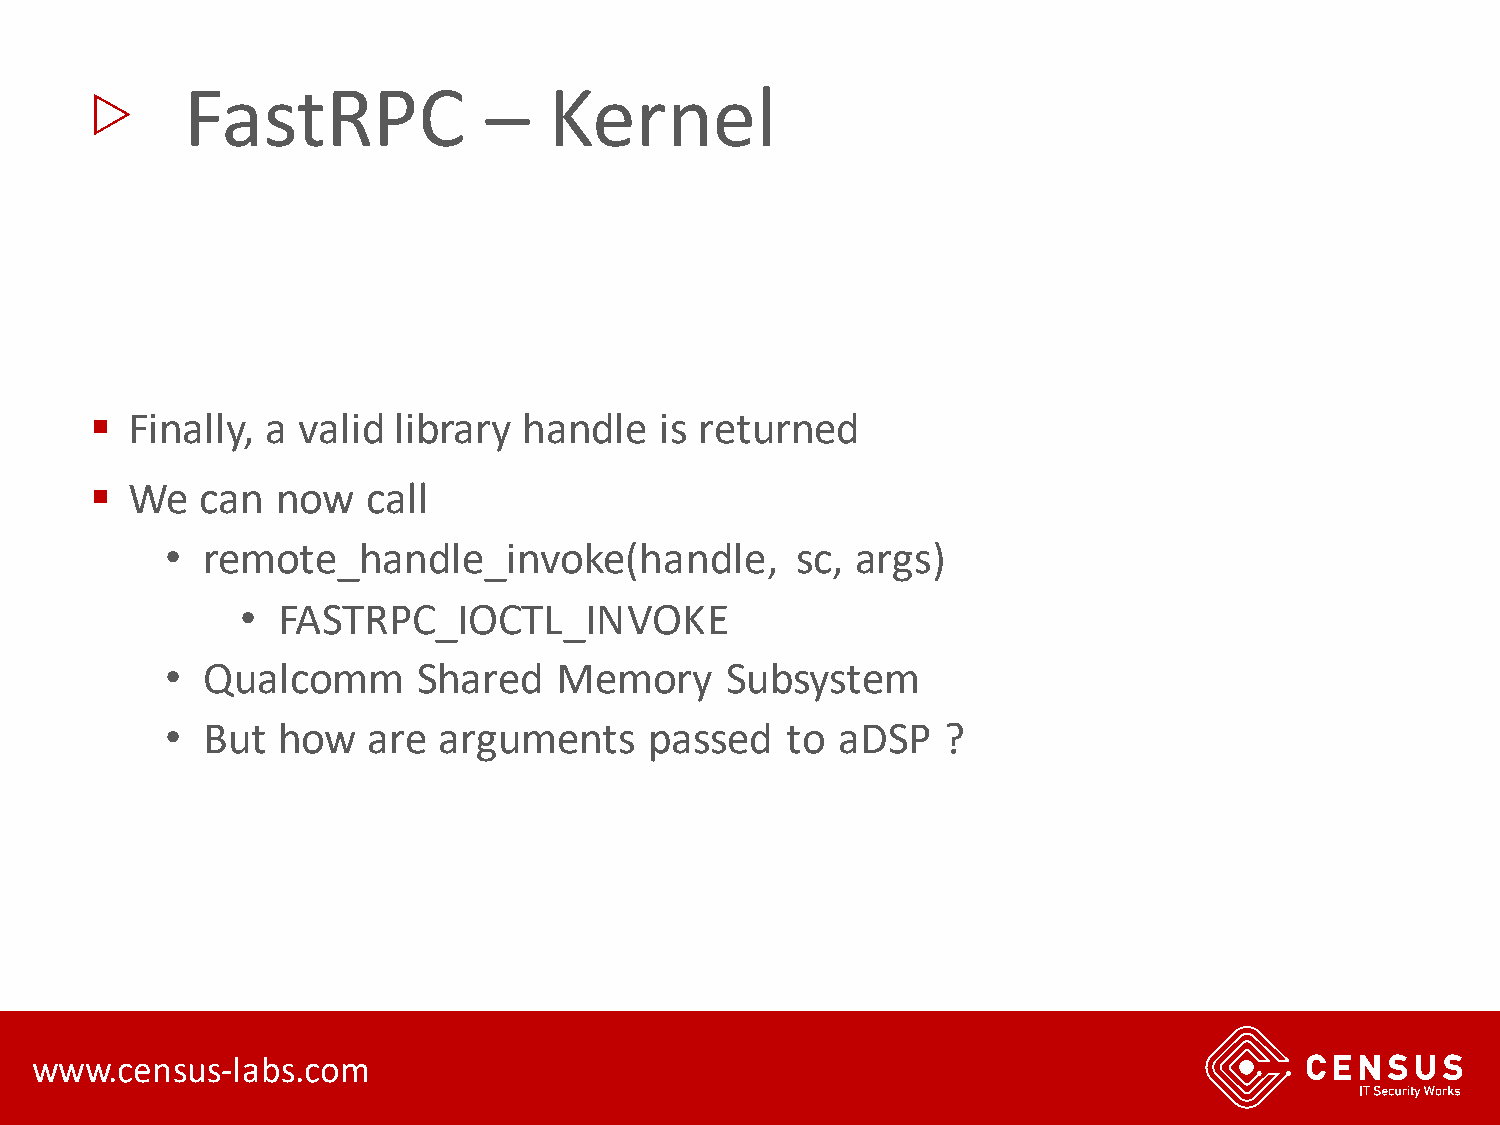
▷
 FastRPC             –   Kernel
 ▪ Finally,  a valid library  handle   is returned
 ▪ We   can  now   call
 • remote_handle_invoke(handle,            sc, args)
 • FASTRPC_IOCTL_INVOKE
 • Qualcomm       Shared   Memory     Subsystem
 • But  how   are  arguments     passed   to aDSP    ?
 www.census-labs.com